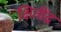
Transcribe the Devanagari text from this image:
क्षितींद्र